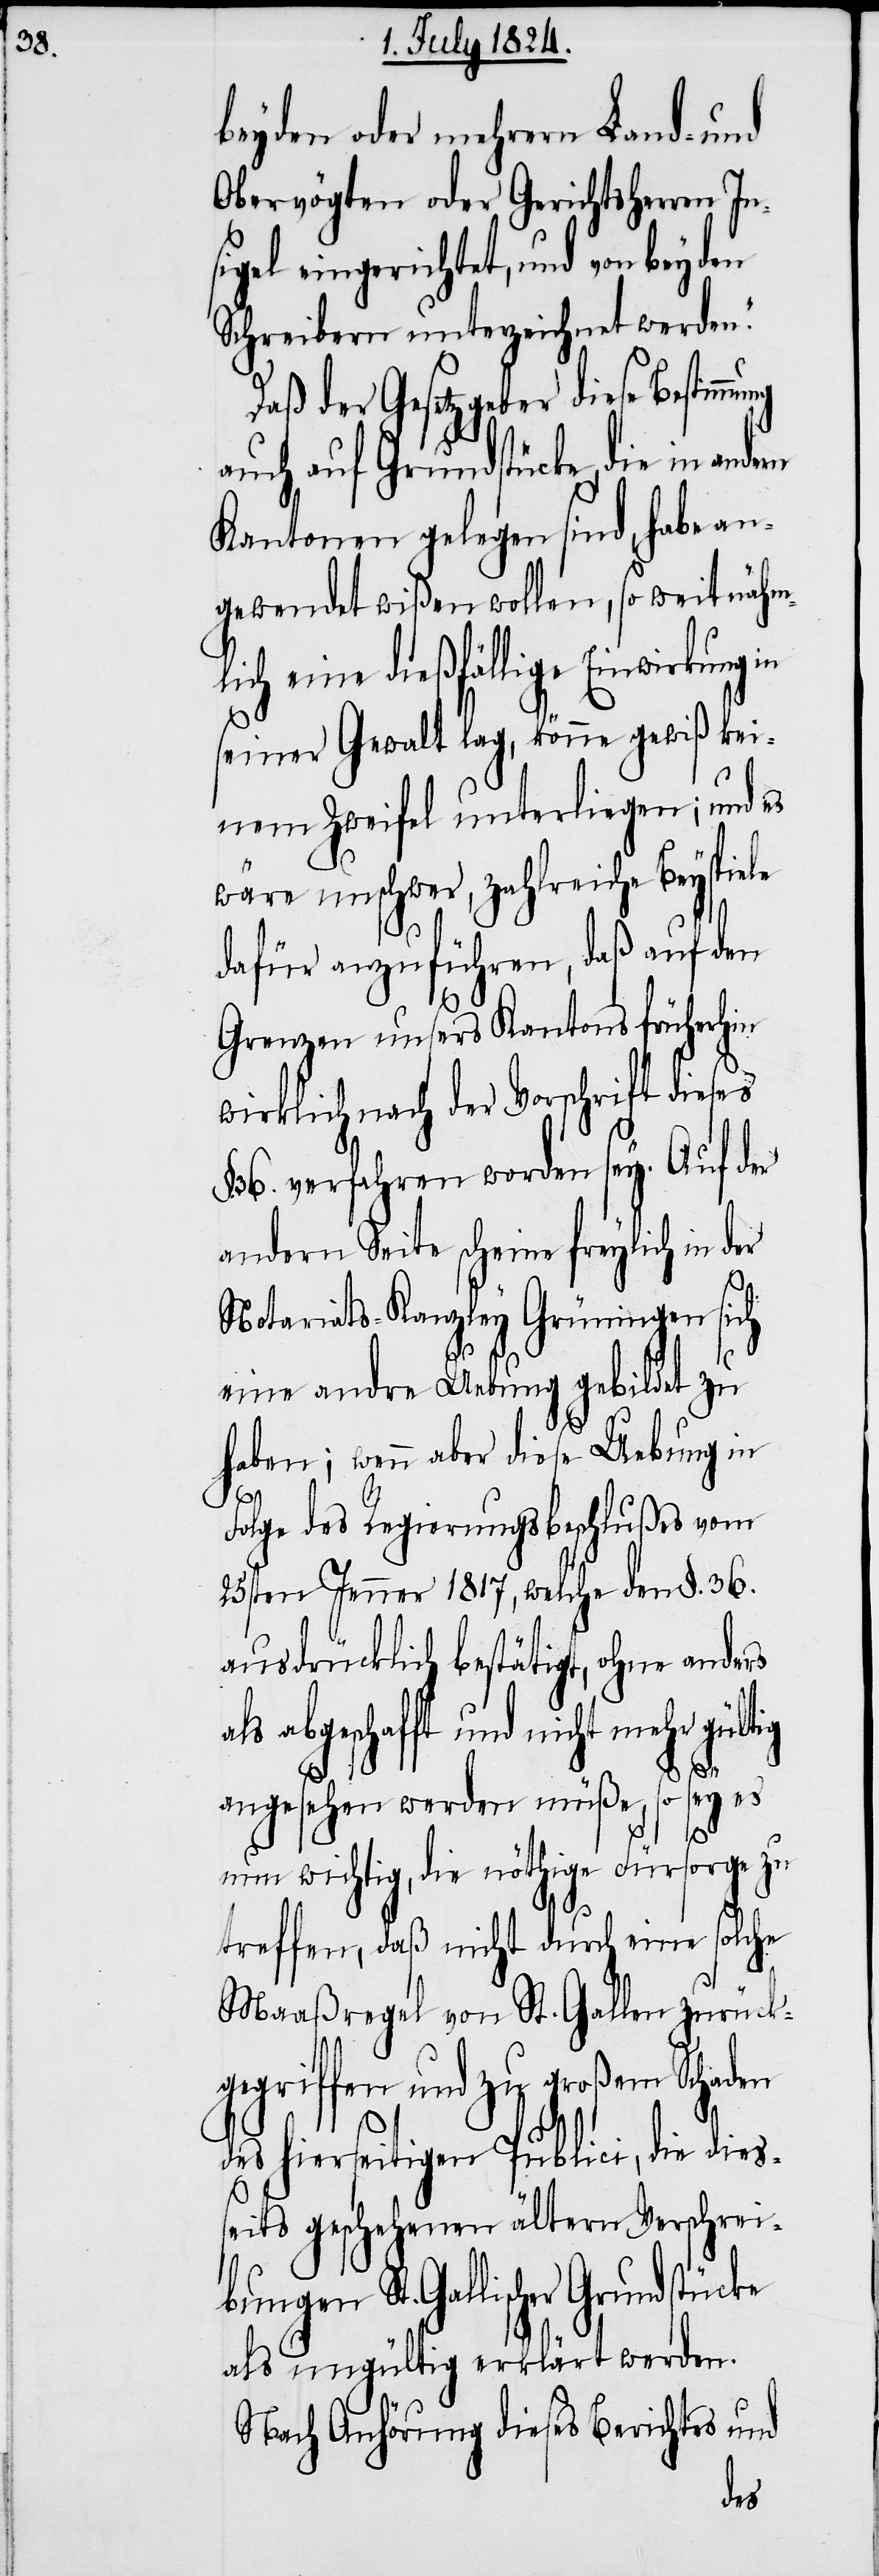
beyden oder mehrern Land- und
Obervögten oder Gerichtsherren In¬
sigel eingerichtet, und von beyden
Schreibern unterzeichnet werden.“
Daß der Gesetzgeber diese Bestim¬
auch auf Grundstücke, die in andern
Kantonen gelegen sind, habe an¬
gewendet wißen wollen, so weit nähm¬
lich eine dießfällige Einwirkung in
seiner Gewalt lag, könne gewiß kei¬
nem Zweifel unterliegen; und es
wäre unschwer, zahlreiche Beyspiele
dafür anzuführen, daß auf den
Grenzen unsers Kantons früherhin
wirklich nach der Vorschrift dieses
36. verfahren worden sey. Auf der
andern Seite scheine freylich in der
Notariats-Kanzley Grüningen sich
eine andre Uebung gebildet zu
haben; wenn aber diese Uebung in
bung¬
Folge des Regierungsbeschlußes vom
25sten Jenner 1817, welche den §. 36.
ausdrücklich bestätigt, ohne anders
als abgeschafft und nicht mehr gültig
angesehen werden müße, so sey es
nun wichtig, die nöthige Fürsorge zu
treffen, daß nicht durch eine solche
Maaßregel von St. Gallen zurück¬
gegriffen und zu großem Schaden
des hierseitigen Publici, die dies¬
seits geschehenen ältern Verschrei¬
en St. Gallischer Grundstücke
als ungültig erklärt werden.
Nach Anhörung dieses Berichtes und